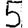
Digit: 5